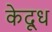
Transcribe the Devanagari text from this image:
केदूध